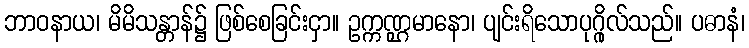
ဘာဝနာယ၊ မိမိသန္တာန်၌ ဖြစ်စေခြင်းငှာ။ ဥက္ကဏ္ဌမာနော၊ ပျင်းရိသောပုဂ္ဂိုလ်သည်။ ပဓာနံ၊